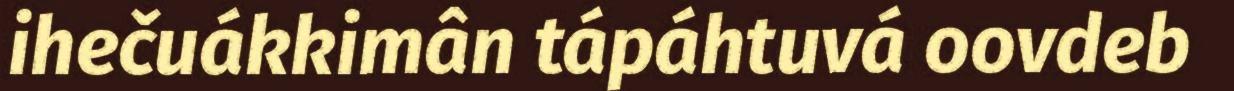
ihečuákkimân tápáhtuvá oovdeb